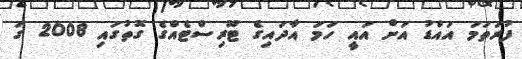
ފުރަތަމަ އައްޑު އަށް އައީ ހަމަ އާދައިގެ ޓޫރިސްޓެއްގެ ގޮތުގައި 2008 ގަ